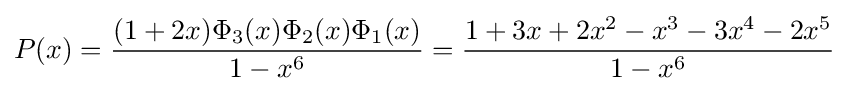
P(x)={\frac {(1+2x)\Phi _{3}(x)\Phi _{2}(x)\Phi _{1}(x)}{1-x^{6}}}={\frac {1+3x+2x^{2}-x^{3}-3x^{4}-2x^{5}}{1-x^{6}}}